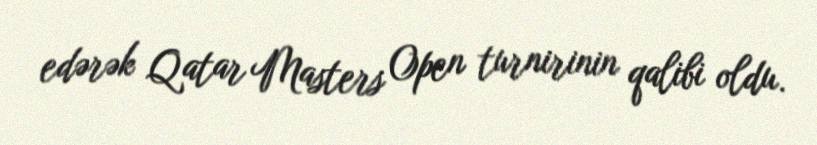
edərək Qatar Masters Open turnirinin qalibi oldu.